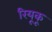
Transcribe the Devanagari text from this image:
रियूकू